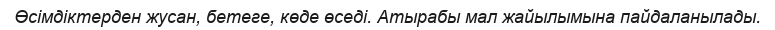
Өсімдіктерден жусан, бетеге, көде өседі. Атырабы мал жайылымына пайдаланылады.